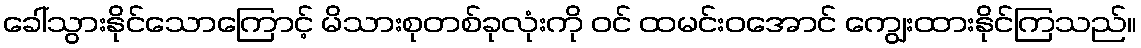
ခေါ်သွားနိုင်သောကြောင့် မိသားစုတစ်ခုလုံးကို ဝင် ထမင်းဝအောင် ကျွေးထားနိုင်ကြသည်။